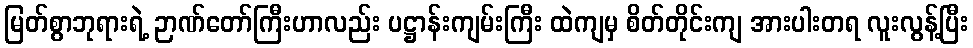
မြတ်စွာဘုရားရဲ့ ဉာဏ်တော်ကြီးဟာလည်း ပဋ္ဌာန်းကျမ်းကြီး ထဲကျမှ စိတ်တိုင်းကျ အားပါးတရ လူးလွန့်ပြီး